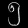
Digit: ၅